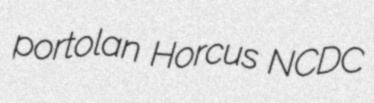
portolan Horcus NCDC